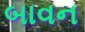
બાવન